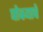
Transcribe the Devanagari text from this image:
घोक्याचे